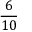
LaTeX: \frac { 6 } { 1 0 }